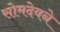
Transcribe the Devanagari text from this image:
सोमदेवने